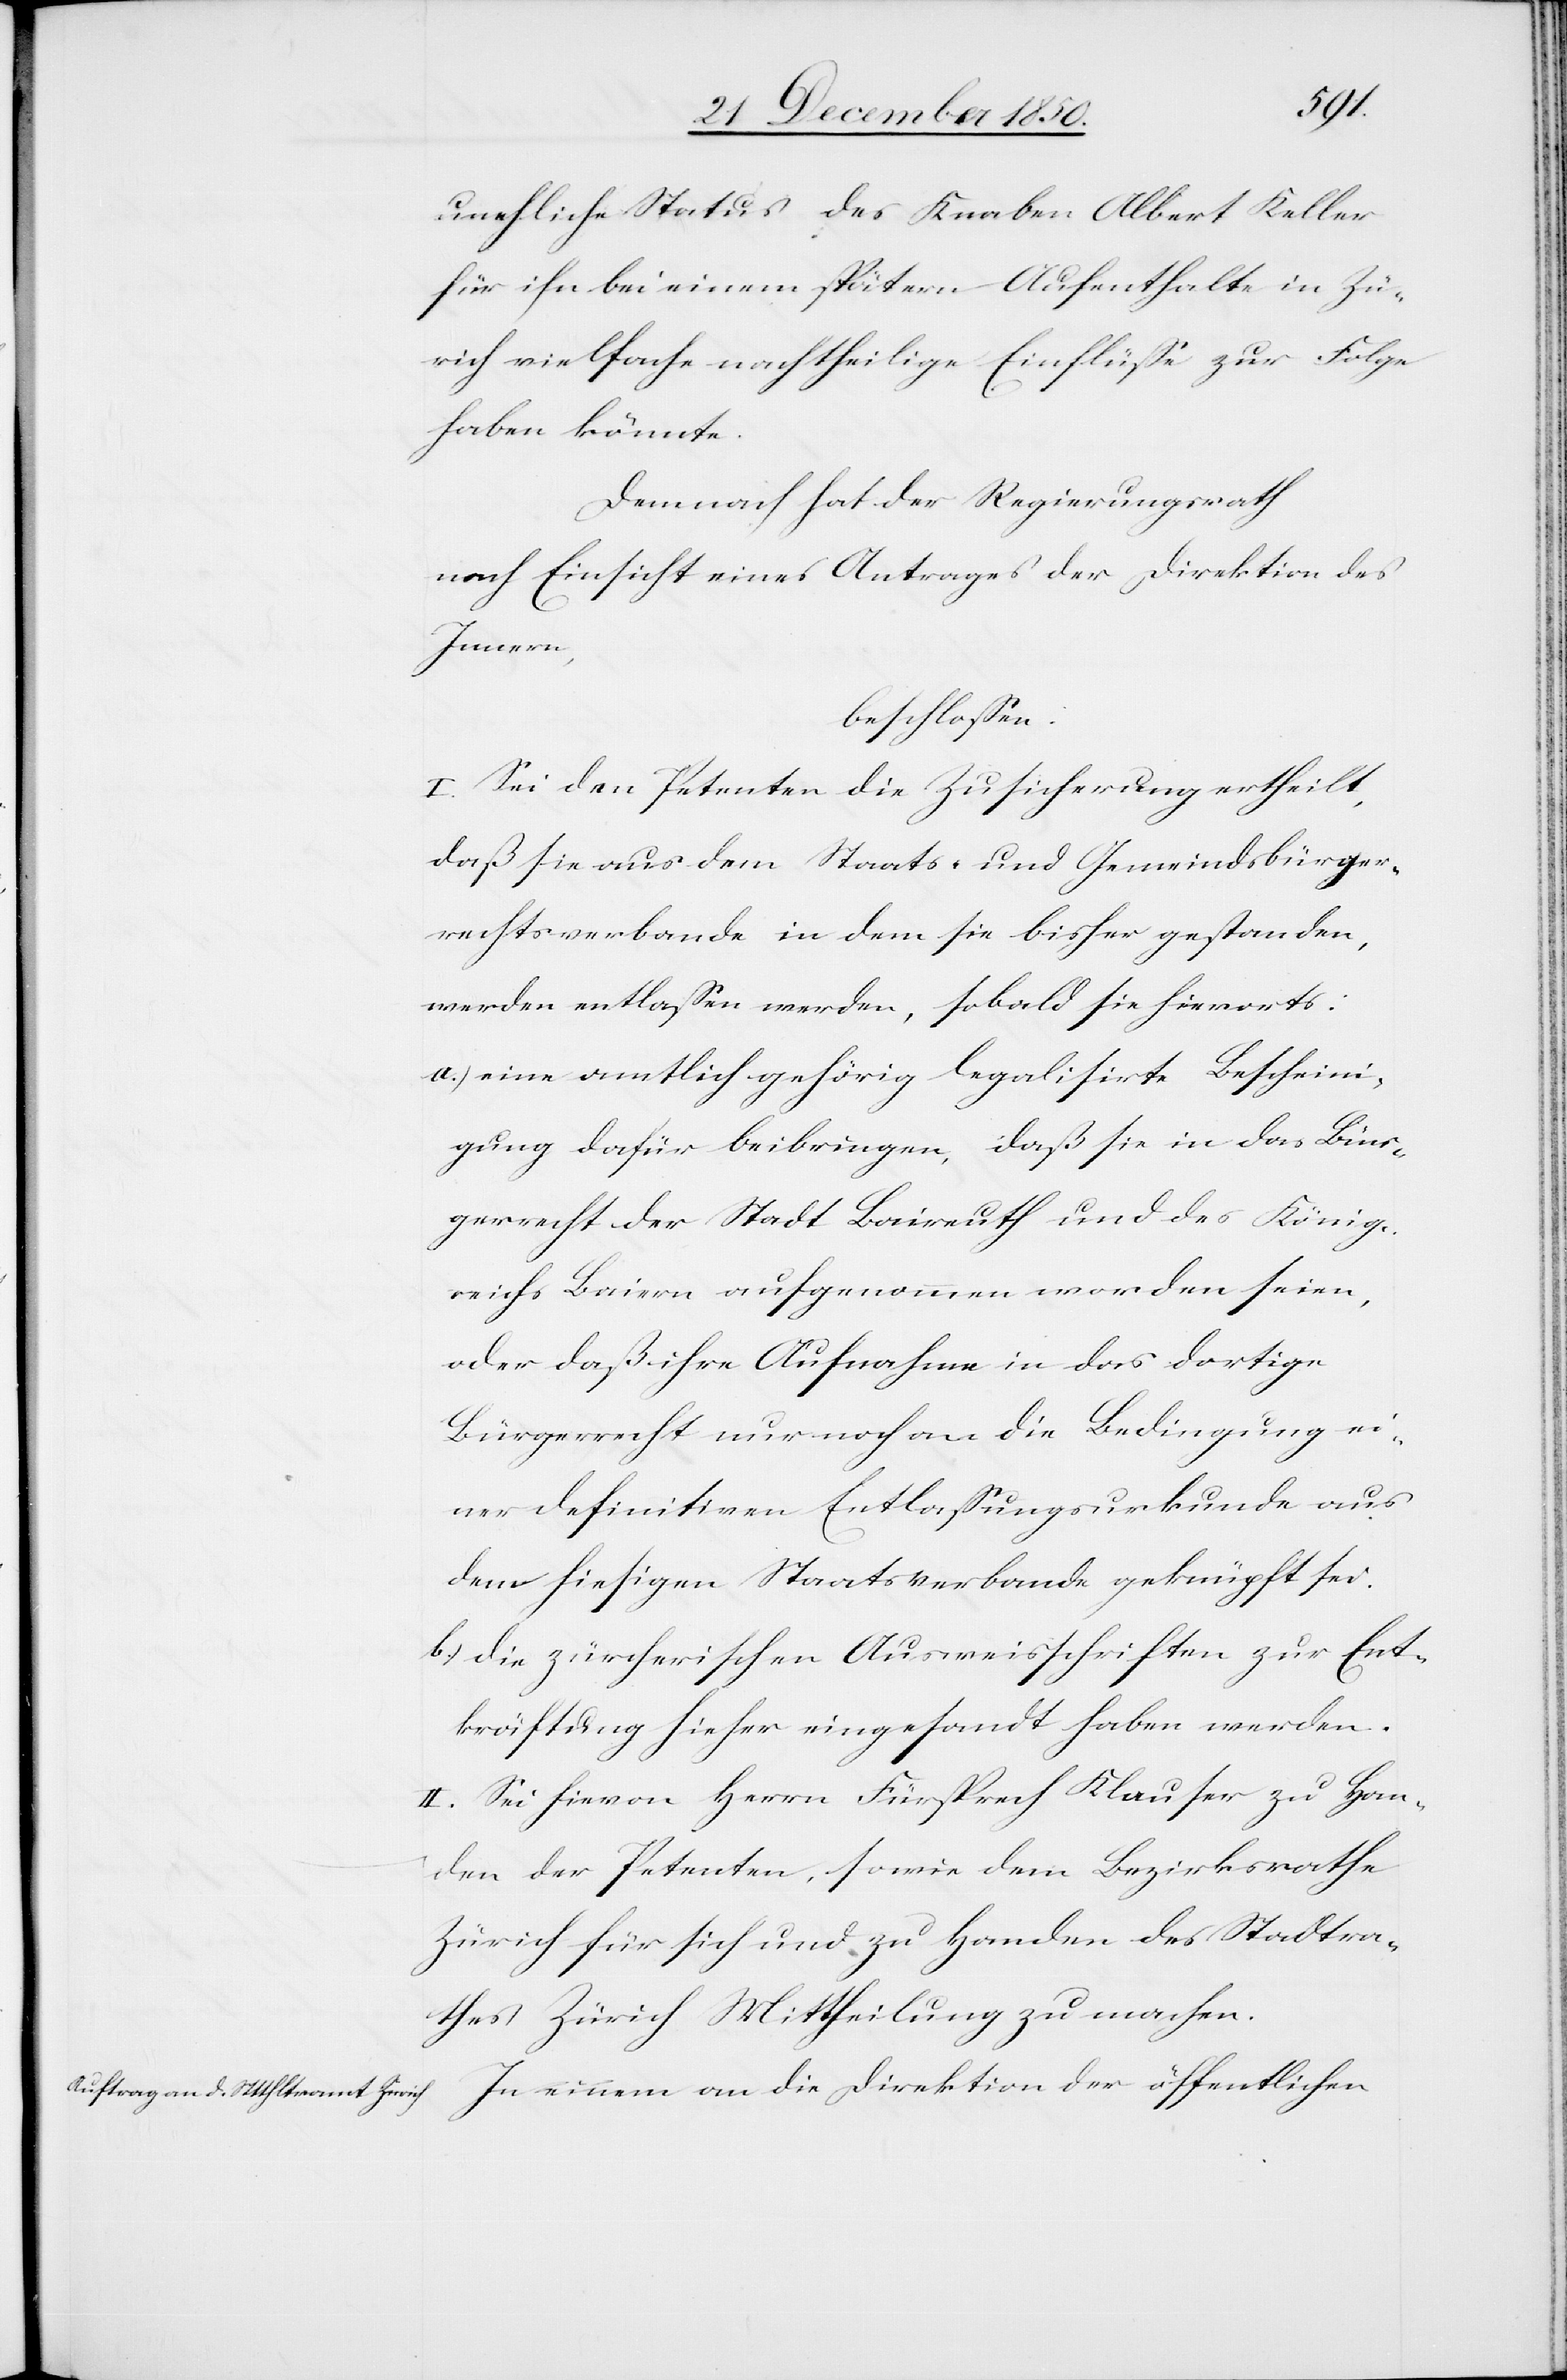
unehliche Status des Knaben Albert Keller
für ihn bei einem spätern Aufenthalte in Zü¬
rich vielfache nachtheilige Einflüsse zur Folge
haben könnte.
Demnach hat der Regierungsrath
nach Einsicht eines Antrages der Direktion des
Innern,
beschlossen:
I. Sei den Petenten die Zusicherung ertheilt,
daß sie aus dem Staats- und Gemeindsbürger¬
rechtsverbande in dem sie bisher gestanden,
werden entlassen werden, sobald sie hierorts:
a.) eine amtlich gehörig legalisirte Bescheini¬
gung dafür beibringen, daß sie in das Bür¬
gerrecht der Stadt Baireuth und des König¬
reichs Baiern aufgenommen worden seien,
oder daß ihre Aufnahme in das dortige
Bürgerrecht nur noch an die Bedingung ei¬
ner definitiven Entlassungsurkunde aus
dem hiesigen Staatsverbande geknüpft sei.
b.) die zürcherischen Ausweisschriften zur Ent¬
kräftung hieher eingesandt haben werden.
II. Sei hievon Herrn Fürsprech Klauser zu Han¬
den der Petenten, sowie dem Bezirksrathe
Zürich für sich und zu Handen des Stadtra¬
thes Zürich Mittheilung zu machen.
In einem an die Direktion der öffentlichen